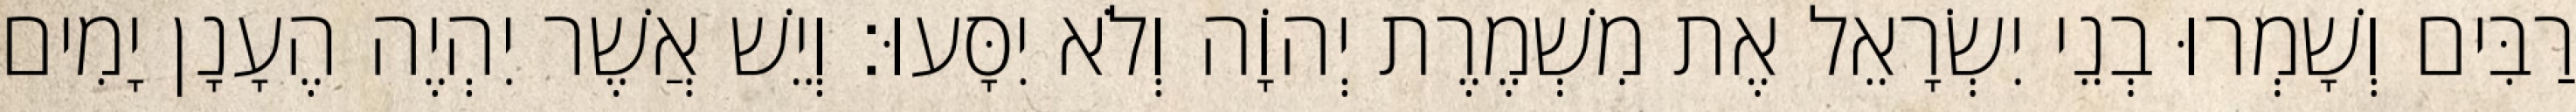
רַבִּים וְשָׁמְרוּ בְנֵי יִשְׂרָאֵל אֶת מִשְׁמֶרֶת יְהוָֹה וְלֹא יִסָּעוּ׃ וְיֵשׁ אֲשֶׁר יִהְיֶה הֶעָנָן יָמִים